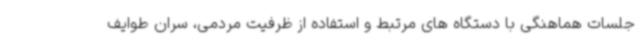
جلسات هماهنگی با دستگاه های مرتبط و استفاده از ظرفیت مردمی، سران طوایف